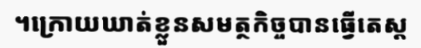
។ក្រោយឃាត់ខ្លួនសមត្ថកិច្ចបានធ្វើតេស្ត